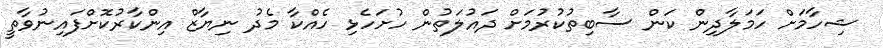
ޝިހާމަށް ހަމަލާދިން ކަން ސާބިތުކުރުމަށް ދައުލަތުން ހުށަހެޅި ހެއްކާ މެދު ނިޔާޒް އިންކާރުކޮށްފައިނުވާތީ